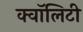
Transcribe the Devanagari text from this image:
क्वॉलिटी